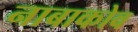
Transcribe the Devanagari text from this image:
नाबाकोव